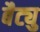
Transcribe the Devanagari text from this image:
बैट्यु